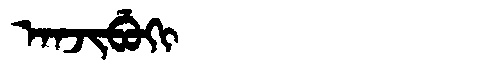
Manchu: ᠠᠨᠵᡳᠪᡠᡴᡳ
Romanization: ANJIBUKI